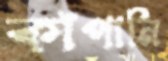
কাঁপানি